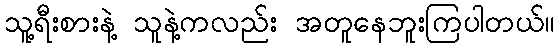
သူ့ရီးစားနဲ့ သူနဲ့ကလည်း အတူနေဘူးကြပါတယ်။